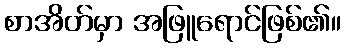
စာအိတ်မှာ အဖြူရောင်ဖြစ်၏။